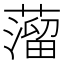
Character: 𦽾